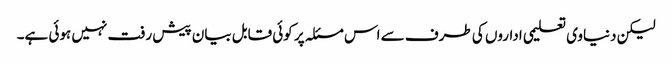
لیکن دنیاوی تعلیمی اداروں کی طرف سے اس مسئلہ پر کوئی قابل بیان پیش رفت نہیں ہوئی ہے۔